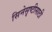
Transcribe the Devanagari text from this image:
सिनेसृष्टीसाठी